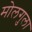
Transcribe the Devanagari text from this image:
मोलगुला